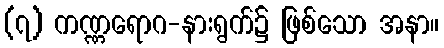
(၇) ကဏ္ဏရောဂ-နားရွက်၌ ဖြစ်သော အနာ။